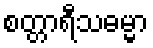
စတ္တာရီသဓမ္မာ